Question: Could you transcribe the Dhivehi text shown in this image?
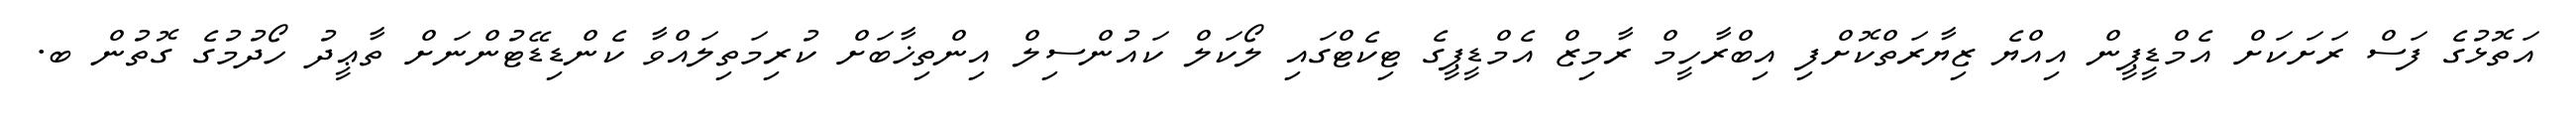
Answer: އަތޮޅުގެ ފަސް ރަށަކަށް އެމްޑީޕީން އިއްޔެ ޒިޔާރަތްކޮށްފި އިބްރާހީމް ރާމިޒް އެމްޑީޕީގެ ޓިކެޓްގައި ލޯކަލް ކައުންސިލް އިންތިޚާބަށް ކުރިމަތިލައްވާ ކެންޑިޑޭޓުންނަށް ތާޢީދު ހޯދުމުގެ ގޮތުން ބ.